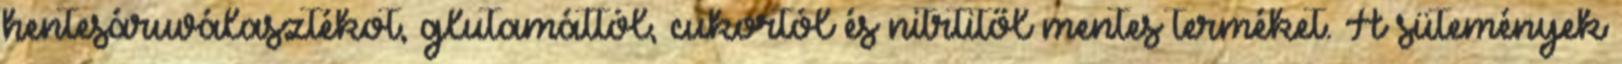
hentesáruválasztékot, glutamáttól, cukortól és nitrtitől mentes terméket. A sütemények